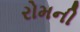
રોમની